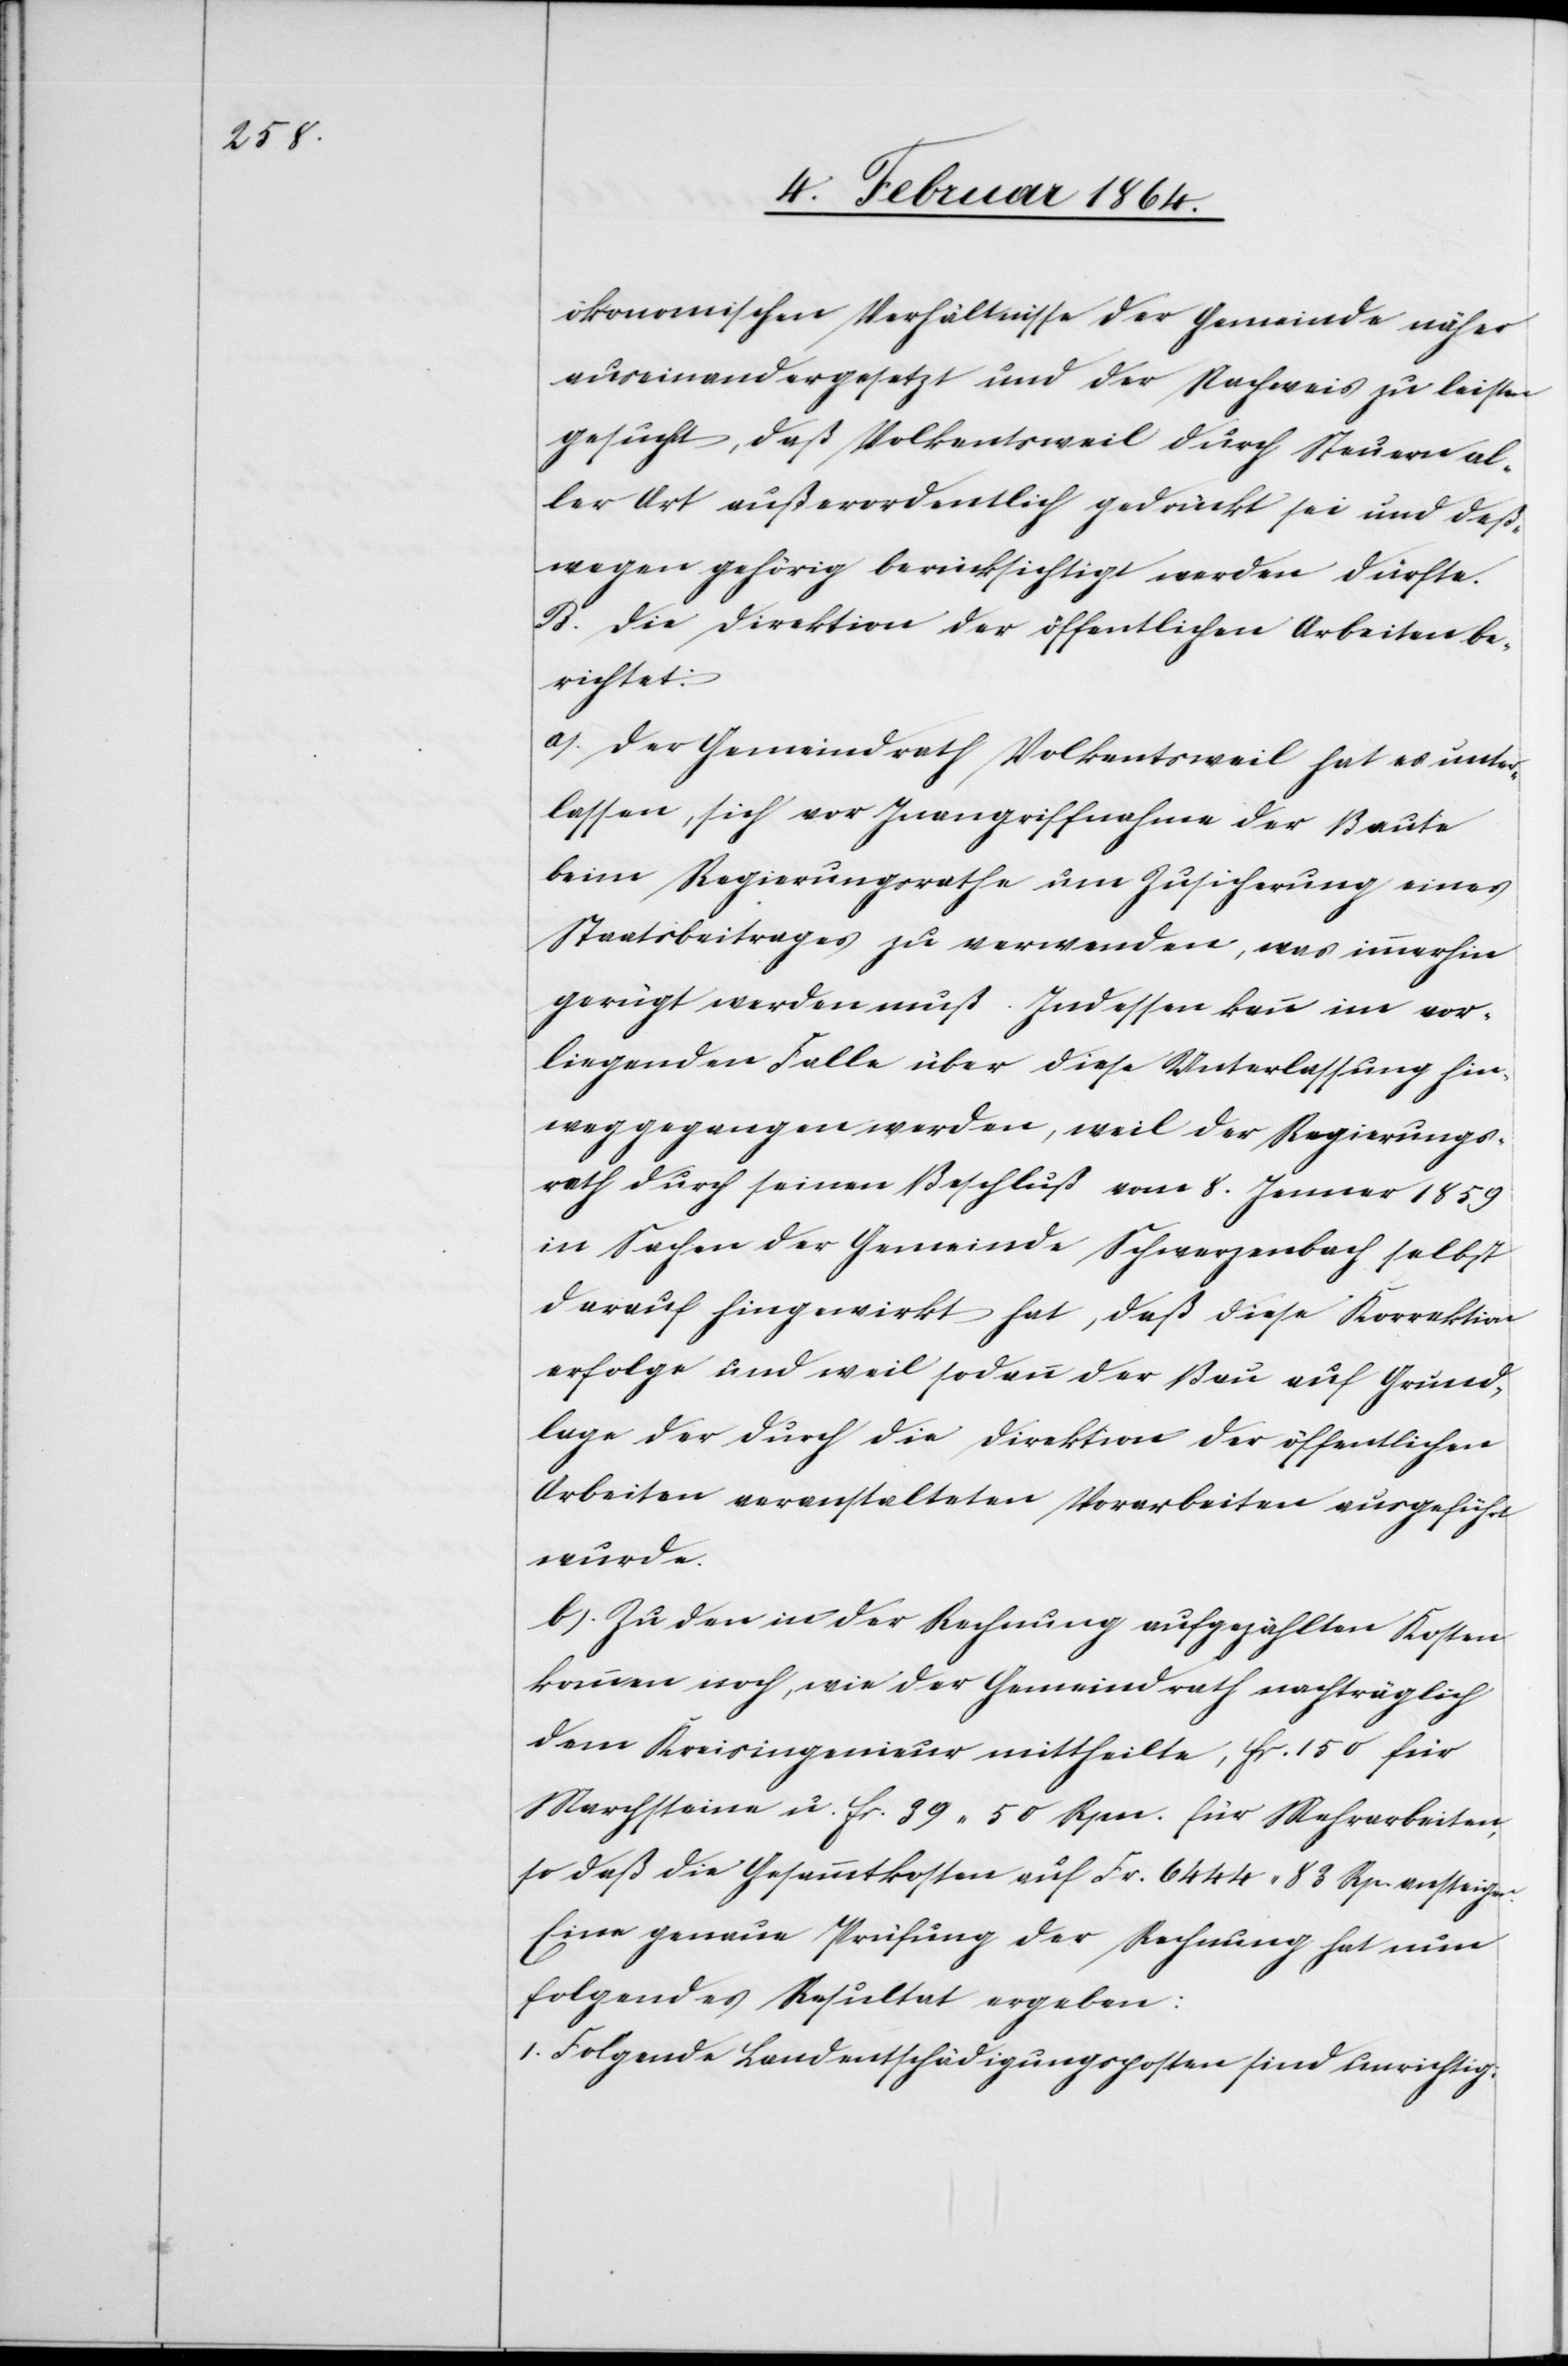
ökonomischen Verhältnisse der Gemeinde näher
auseinandergesetzt und der Nachweis zu leisten
gesucht, daß Volkentsweil durch Steuern al¬
ler Art außerordentlich gedrückt sei und deß¬
wegen gehörig berücksichtigt werden dürfte.
B. Die Direktion der öffentlichen Arbeiten be¬
richtet:
a.) Der Gemeindrath Volkentsweil hat es unter¬
lassen, sich vor Inangriffnahme der Baute
beim Regierungsrathe um Zusicherung eines
Staatsbeitrages zu verwenden, was immerhin
gerügt werden muß. Indessen kann im vor¬
liegenden Falle über diese Unterlassung hin¬
weggegangen werden, weil der Regierungs¬
rath durch seinen Beschluß vom 8. Januar 1859
in Sachen der Gemeinde Schwerzenbach selbst
darauf hingewirkt hat, daß diese Korrektion
erfolge und weil sodann der Bau auf Grund¬
lage der durch die Direktion der öffentlichen
Arbeiten veranstalteten Vorarbeiten ausgeführt
wurde.
b.) Zu den in der Rechnung aufgezählten Kosten
kommen noch, wie der Gemeindrath nachträglich
dem Kreisingenieur mittheilte, fr. 150 für
Marchsteine u. fr. 39 50 Rpn. für Mehrarbeiten,
so daß die Gesammtkosten auf Fr. 6444 83 Rp. ansteigen.
Eine genaue Prüfung der Rechnung hat nun
folgendes Resultat ergeben:
1. Folgende Landentschädigungsposten sind unrichtig: